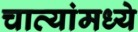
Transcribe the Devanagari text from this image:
चाव्यांमध्ये